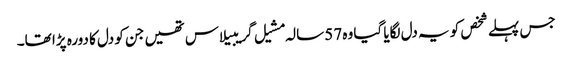
جس پہلے شخص کو یہ دل لگایا گیا وہ 57 سالہ مشیل گریبیلاس تھیں جن کو دل کا دورہ پڑا تھا۔